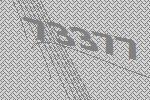
73377